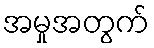
အမှုအတွက်